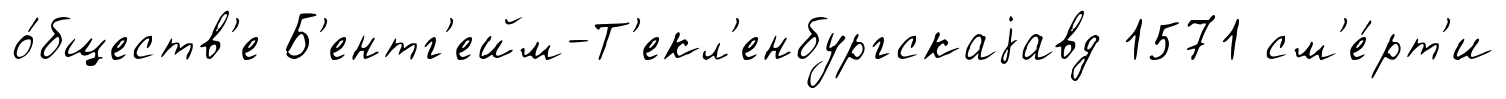
о́бществ'е Б'ентг'ейм-Т'екл'енбургскаjавд 1571 см'е́рт'и